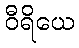
ဝီရိယေ